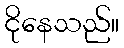
ငိုနေသည်။